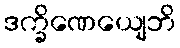
ဒက္ခိဏေယျေဘိ